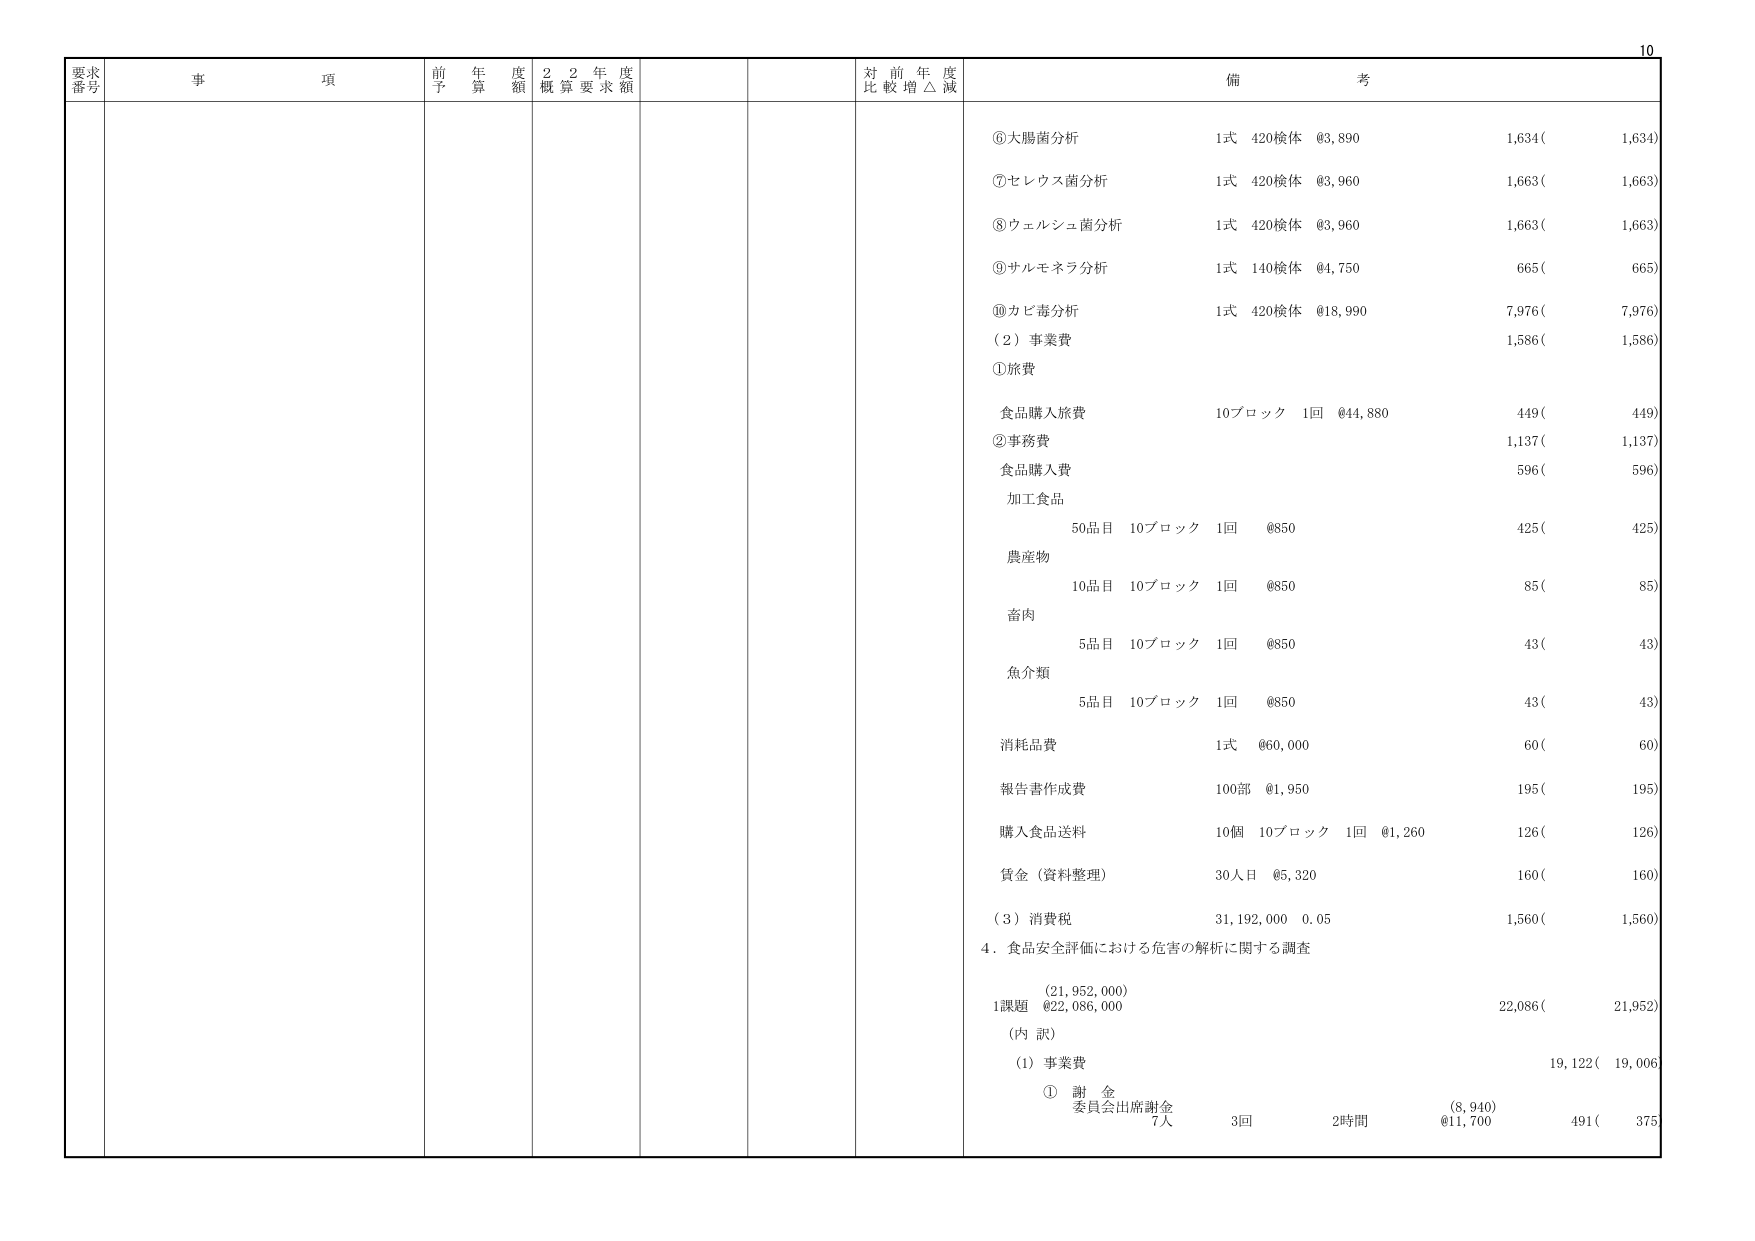
要求番号 事項 前年度予算額 22年度概算要求額 対前年度比較増△減 備考
⑥大腸菌分析 1式 420検体 @3,890 1,634( 1,634)
⑦セレウス菌分析 1式 420検体 @3,960 1,663( 1,663)
⑧ウェルシュ菌分析 1式 420検体 @3,960 1,663( 1,663)
⑨サルモネラ分析 1式 140検体 @4,750 665( 665)
⑩カビ毒分析 1式 420検体 @18,990 7,976( 7,976)
（2）事業費 1,586( 1,586)
①旅費
食品購入旅費 10ブロック 1回 @44,880 449( 449)
②事務費 1,137( 1,137)
食品購入費 596( 596)
加工食品
5品目 10ブロック 1回 @850 425( 425)
農産物
10品目 10ブロック 1回 @850 85( 85)
畜肉
5品目 10ブロック 1回 @850 43( 43)
魚介類
5品目 10ブロック 1回 @850 43( 43)
消耗品費 1式 @60,000 60( 60)
報告書作成費 100部 @1,950 195( 195)
購入食品送料 10個 10ブロック 1回 @1,260 126( 126)
賃金（資料整理） 30人日 @5,320 160( 160)
（3）消費税 31,192,000 0.05 1,560( 1,560)
4．食品安全評価における危害の解析に関する調査
(21,952,000)
1課題 @22,086,000 22,086( 21,952)
(内訳)
(1) 事業費 19,122( 19,006)
① 謝金
委員会出席謝金 (8,940)
7人 3回 2時間 @11,700 491( 375)